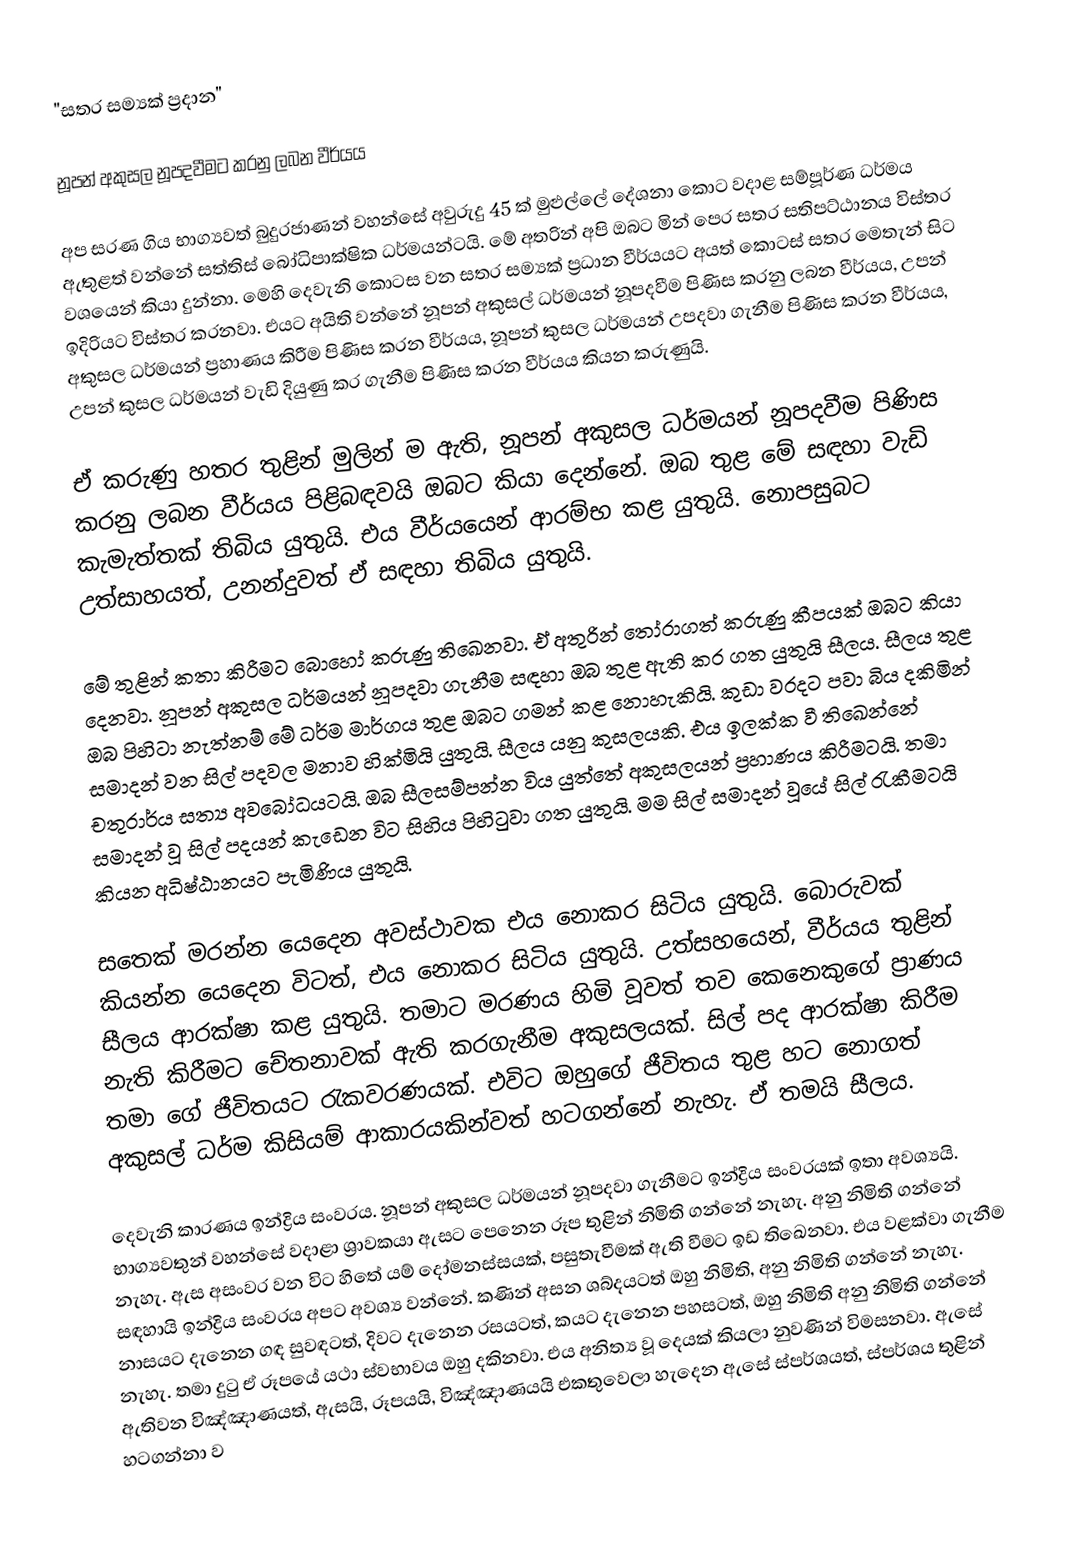
"සතර සම්‍යක් ප්‍රදාන"

නූපන් අකුසල නූපදවීමට කරනු ලබන වීර්යය

අප සරණ ගිය භාග්‍යවත් බුදුරජාණන් වහන්සේ අවුරුදු 45 ක් මුළුල්ලේ දේශනා කොට වදාළ සම්පූර්ණ ධර්මය ඇතුළත් වන්නේ සත්තිස් බෝධිපාක්ෂික ධර්මයන්ටයි. මේ අතරින් අපි ඔබට මින් පෙර සතර සතිපට්ඨානය විස්තර වශයෙන් කියා දුන්නා. මෙහි දෙවැනි කොටස වන සතර සම්‍යක් ප්‍රධාන වීර්යයට අයත් කොටස් සතර මෙතැන් සිට ඉදිරියට විස්තර කරනවා. එයට අයිති වන්නේ නූපන් අකුසල් ධර්මයන් නූපදවීම පිණිස කරනු ලබන වීර්යය, උපන් අකුසල ධර්මයන් ප්‍රහාණය කිරීම පිණිස කරන වීර්යය, නූපන් කුසල ධර්මයන් උපදවා ගැනීම පිණිස කරන වීර්යය, උපන් කුසල ධර්මයන් වැඩි දියුණු කර ගැනීම පිණිස කරන වීර්යය කියන කරුණුයි.

ඒ කරුණු හතර තුළින් මුලින් ම ඇති, නූපන් අකුසල ධර්මයන් නූපදවීම පිණිස කරනු ලබන වීර්යය පිළිබඳවයි ඔබට කියා දෙන්නේ. ඔබ තුළ මේ සඳහා වැඩි කැමැත්තක් තිබිය යුතුයි. එය වීර්යයෙන් ආරම්භ කළ යුතුයි. නොපසුබට උත්සාහයත්, උනන්දුවත් ඒ සඳහා තිබිය යුතුයි.

මේ තුළින් කතා කිරීමට බොහෝ කරුණු තිඛෙනවා. ඒ අතුරින් තෝරාගත් කරුණු කීපයක් ඔබට කියා දෙනවා. නූපන් අකුසල ධර්මයන් නූපදවා ගැනීම සඳහා ඔබ තුළ ඇති කර ගත යුතුයි සීලය. සීලය තුළ ඔබ පිහිටා නැත්නම් මේ ධර්ම මාර්ගය තුළ ඔබට ගමන් කළ නොහැකියි. කුඩා වරදට පවා බිය දකිමින් සමාදන් වන සිල් පදවල මනාව හික්මියි යුතුයි. සීලය යනු කුසලයකි. එය ඉලක්ක වී තිඛෙන්නේ චතුරාර්ය සත්‍ය අවබෝධයටයි. ඔබ සීලසම්පන්න විය යුත්තේ අකුසලයන් ප්‍රහාණය කිරීමටයි. තමා සමාදන් වූ සිල් පදයන් කැඩෙන විට සිහිය පිහිටුවා ගත යුතුයි. මම සිල් සමාදන් වූයේ සිල් රැකීමටයි කියන අධිෂ්ඨානයට පැමිණිය යුතුයි.

සතෙක් මරන්න යෙදෙන අවස්ථාවක එය නොකර සිටිය යුතුයි. බොරුවක් කියන්න යෙදෙන විටත්, එය නොකර සිටිය යුතුයි. උත්සහයෙන්, වීර්යය තුළින් සීලය ආරක්ෂා කළ යුතුයි. තමාට මරණය හිමි වූවත් තව කෙනෙකුගේ ප්‍රාණය නැති කිරීමට චේතනාවක් ඇති කරගැනීම අකුසලයක්. සිල් පද ආරක්ෂා කිරීම තමා ගේ ජීවිතයට රැකවරණයක්. එවිට ඔහුගේ ජීවිතය තුළ හට නොගත් අකුසල් ධර්ම කිසියම් ආකාරයකින්වත් හටගන්නේ නැහැ. ඒ තමයි සීලය.

දෙවැනි කාරණය ඉන්ද්‍රිය සංවරය. නූපන් අකුසල ධර්මයන් නූපදවා ගැනීමට ඉන්ද්‍රිය සංවරයක් ඉතා අවශ්‍යයි. භාග්‍යවතුන් වහන්සේ වදාළා ශ්‍රාවකයා ඇසට පෙනෙන රූප තුළින් නිමිති ගන්නේ නැහැ. අනු නිමිති ගන්නේ නැහැ. ඇස අසංවර වන විට හිතේ යම් දෝමනස්සයක්, පසුතැවීමක් ඇති වීමට ඉඩ තිඛෙනවා. එය වළක්වා ගැනීම සඳහායි ඉන්ද්‍රිය සංවරය අපට අවශ්‍ය වන්නේ. කණින් අසන ශබ්දයටත් ඔහු නිමිති, අනු නිමිති ගන්නේ නැහැ. නාසයට දැනෙන ගඳ සුවඳටත්, දිවට දැනෙන රසයටත්, කයට දැනෙන පහසටත්, ඔහු නිමිති අනු නිමිති ගන්නේ නැහැ. තමා දුටු ඒ රූපයේ යථා ස්වභාවය ඔහු දකිනවා. එය අනිත්‍ය වූ දෙයක් කියලා නුවණින් විමසනවා. ඇසේ ඇතිවන විඤ්ඤාණයත්, ඇසයි, රූපයයි, විඤ්ඤාණයයි එකතුවෙලා හැදෙන ඇසේ ස්පර්ශයත්, ස්පර්ශය තුළින් හටගන්නා ව